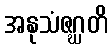
အနုသံဇဂ္ဃတိ